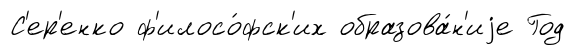
С'ер'енко ф'илосо́фск'их образова́н'иjе Год